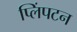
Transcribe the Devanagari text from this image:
प्लिंपटन